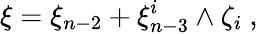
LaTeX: \xi=\xi_{n-2}+\xi_{n-3}^{i}\wedge\zeta_{i}\ ,